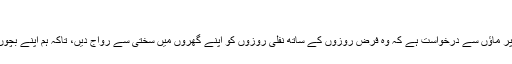
‘‘
اس قول کو مدِ نظر رکھتے ہوئے میری خاص طور پر ماؤں سے درخواست ہے کہ وہ فرض روزوں کے ساتھ نفلی روزوں کو اپنے گھروں میں سختی سے رواج دیں، تاکہ ہم اپنے بچوں کو گناہِ کبیرہ کے پاس بھی پھٹکنے سے بچا سکیں۔